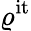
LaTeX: \varrho^{\mathrm{it}}